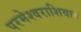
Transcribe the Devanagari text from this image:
परमेश्वराशिवाय